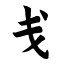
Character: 戋